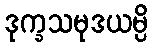
ဒုက္ခသမုဒယမ္ပိ